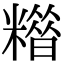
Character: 𥼪